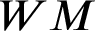
W M